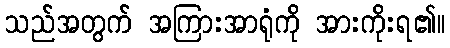
သည်အတွက် အကြားအာရုံကို အားကိုးရ၏။